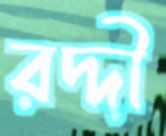
রদ্দী